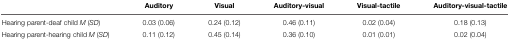
<table><thead><tr><td></td><td><b>Auditory</b></td><td><b>Visual</b></td><td><b>Auditory-visual</b></td><td><b>Visual-tactile</b></td><td><b>Auditory-visual-tactile</b></td></tr></thead><tbody><tr><td>Hearing parent-deaf child <i>M</i> (<i>SD</i>)</td><td>0.03 (0.06)</td><td>0.24 (0.12)</td><td>0.46 (0.11)</td><td>0.02 (0.04)</td><td>0.18 (0.13)</td></tr><tr><td>Hearing parent-hearing child <i>M</i> (<i>SD</i>)</td><td>0.11 (0.12)</td><td>0.45 (0.14)</td><td>0.36 (0.10)</td><td>0.01 (0.01)</td><td>0.02 (0.04)</td></tr></tbody></table>